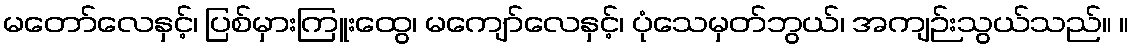
မတော်လေနှင့်၊ ပြစ်မှားကြူးထွေ၊ မကျော်လေနှင့်၊ ပုံသေမှတ်ဘွယ်၊ အကျဉ်းသွယ်သည်။ ။